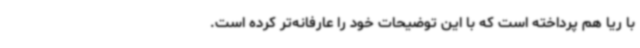
با ریا هم پرداخته است که با این توضیحات خود را عارفانه‌تر کرده است.